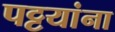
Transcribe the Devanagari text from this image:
पट्टयांना